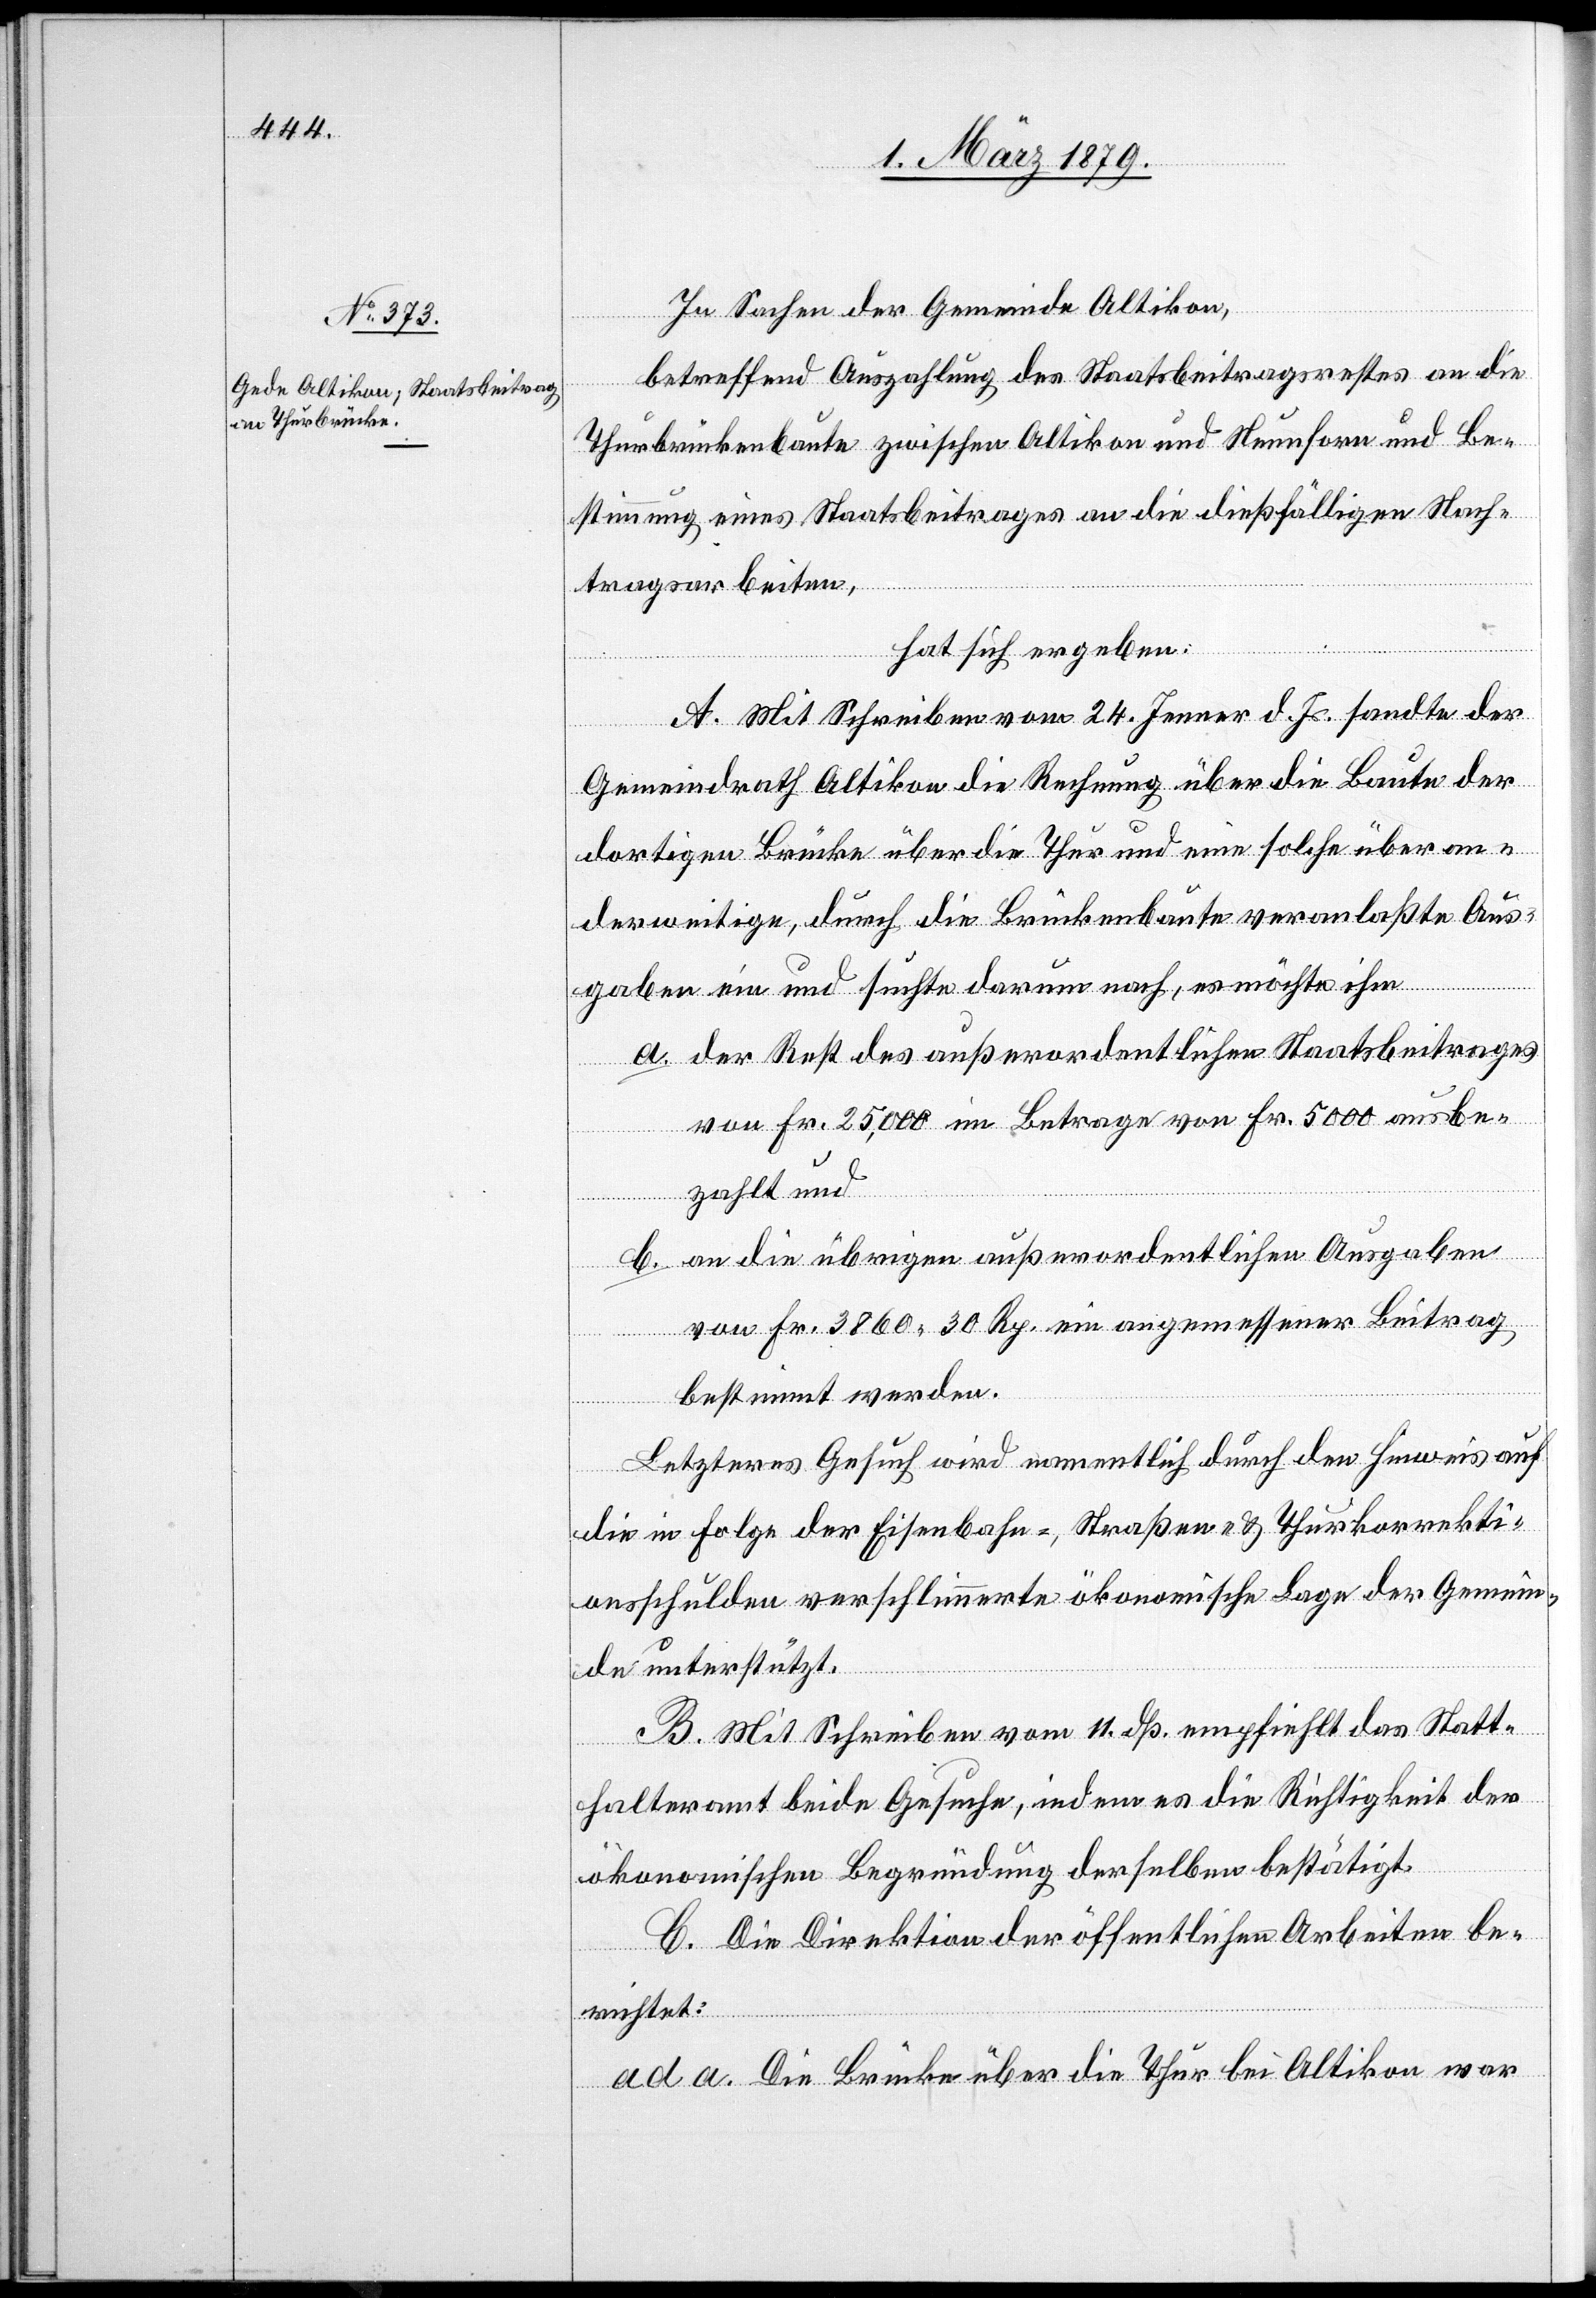
In Sachen der Gemeinde Altikon,
betreffend Auszahlung des Staatsbeitragsrestes an die
Thurbrückenbaute zwischen Altikon und Neunforn und Be¬
stimmung eines Staatsbeitrages an die dießfälligen Nach¬
tragsarbeiten,
hat sich ergeben:
A. Mit Schreiben vom 24. Jenner d. Js. sandte der
Gemeindrath Altikon die Rechnung über die Baute der
dortigen Brücke über die Thur und eine solche über an¬
derweitige, durch die Brückenbaute veranlaßte Aus¬
gaben ein und suchte darum nach, es möchte ihm
a. der Rest des außerordentlichen Staatsbeitrages
von Fr. 25,000 im Betrage von Fr. 5000 ausbe¬
zahlt und
b. an die übrigen außerordentlichen Ausgaben
von Fr. 3860 30 Rp. ein angemessener Beitrag
bestimmt werden.
Letzteres Gesuch wird namentlich durch den Hinweis auf
die in Folge Eisenbahn-, Straßen- & Thurkorrekti¬
onsschulden verschlimmerte ökonomische Lage der Gemein¬
de unterstützt.
B. Mit Schreiben vom 11. dß empfiehlt das Statt¬
halteramt beide Gesuche, indem es die Richtigkeit der
ökonomischen Begründung derselben bestätigt.
C. Die Direktion der öffentlichen Arbeiten be¬
richtet:
ad a. Die Brücke über die Thur bei Altikon war